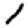
Digit: 1